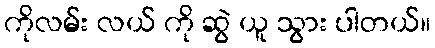
ကိုလမ်း လယ် ကို ဆွဲ ယူ သွား ပါတယ်။